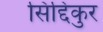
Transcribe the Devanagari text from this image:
सिद्दिकुर